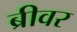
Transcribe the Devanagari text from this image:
ब्रीवर